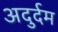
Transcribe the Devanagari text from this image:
अदुर्दम